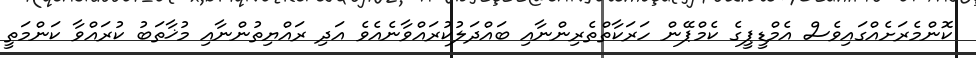
ކޮންމެރަށެއްގައިވެސް އެމްޑީޕީގެ ކެމްޕޭން ހަރަކާތްތެރިންނާއި ބައްދަލުކުރައްވާނެއެވެ އަދި ރައްޔިތުންނާއި މުޚާތަބު ކުރައްވާ ކަންމަތީ